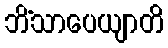
ဘိံသာပေယျာတိ